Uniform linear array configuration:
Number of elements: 32
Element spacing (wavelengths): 1
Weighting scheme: uniform
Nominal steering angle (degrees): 15
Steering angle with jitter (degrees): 14.532
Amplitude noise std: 0.05
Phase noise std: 0.05

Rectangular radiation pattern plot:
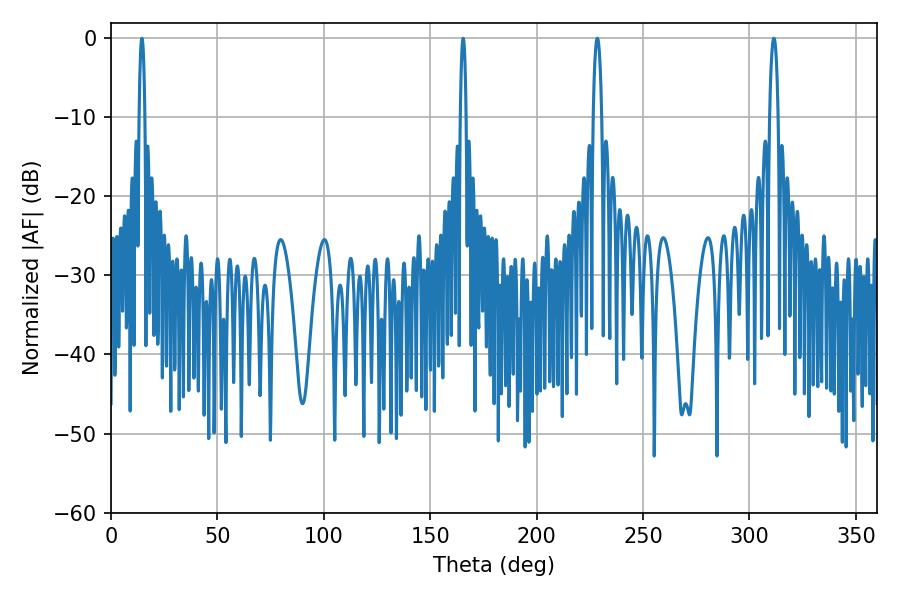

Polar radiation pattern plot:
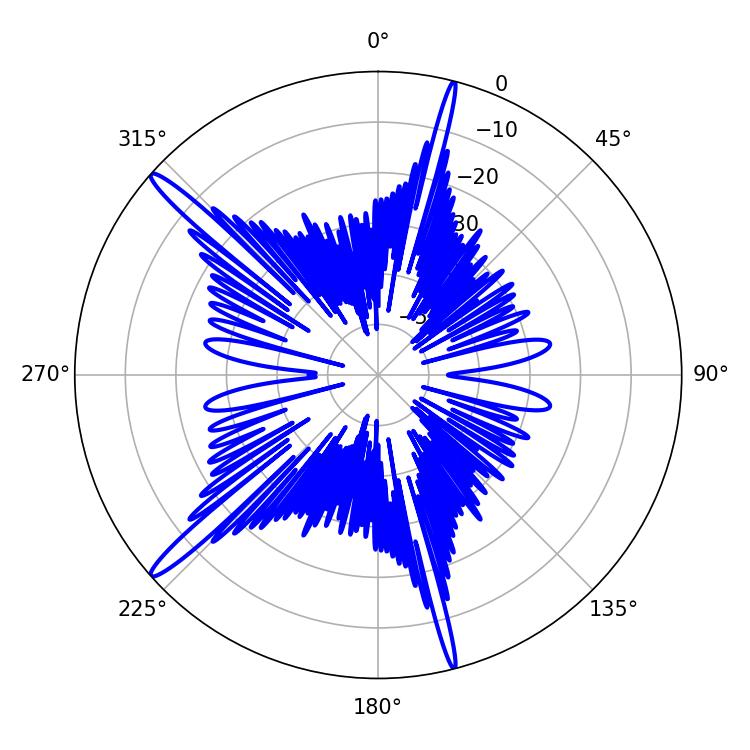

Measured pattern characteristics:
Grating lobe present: TRUE
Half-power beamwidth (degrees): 1.44
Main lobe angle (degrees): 165.42